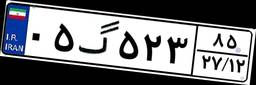
۴۴گ۲۹۷۷۵